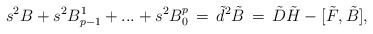
\begin{align*}s^2B +s^2 B_{p-1}^1+ ... + s^2 B^p_0 \, = \, \tilde d ^2 \tilde B \, = \,\tilde D \tilde H - [\tilde F , \tilde B ] ,\end{align*}